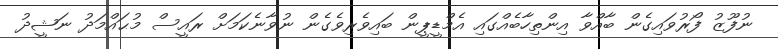
ނުފޫޒު ފޯރުވައިގެން ބާއްވާ އިންތިހާބެއްގައި އެމްޑީޕީން ބައިވެރިވެގެން ނުވާނެކަމަށް ރައީސް މުޙައްމަދު ނަޝީދު